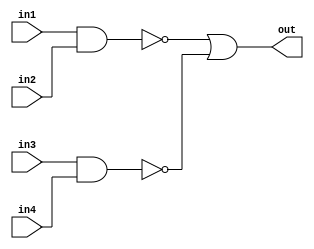
`timescale 1 ns/1 ps
module andnot4(
    input in1,
    input in2,
    input in3,
    input in4,
    output wire out
);

assign out= ~(in1&in2)|~(in3&in4);
endmodule // 

module exp4_td;
    reg a,b,c,d;
    wire out;
    andnot4 test (a,b,c,d,out);
    initial begin
        $dumpfile("exp4_td.vcd");
        $dumpvars(0,exp4_td);
        a= 0;b=0;c=0;d=0;
        #10 a= 0;b=0;c=0;d=0;
        #10 a= 1;b=0;c=0;d=0;
        #10 a= 0;b=1;c=0;d=0;
        #10 a= 0;b=0;c=1;d=0;
        #10 a= 0;b=0;c=0;d=1;
        #10 a= 1;b=1;c=0;d=0;
        #10 a= 0;b=0;c=1;d=1;
        #10 a= 1;b=1;c=1;d=0;
        #10 a= 0;b=1;c=1;d=1;
    end
endmodule